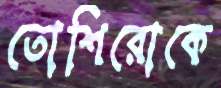
তোশিরোকে